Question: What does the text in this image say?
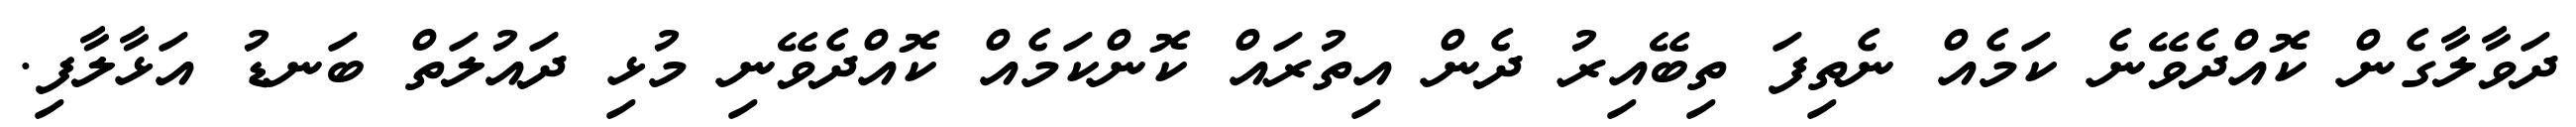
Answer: ދަވާލާގެން ކޮއްދެވޭނެ ކަމެއް ނެތިފަ ތިބޭއިރު ދެން އިތުރައް ކޮންކަމެއް ކޮއްދެވޭނި މުޅި ދައުލަތް ބަނޑު އަޅާލާފި.